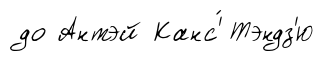
до Антэй Канс'́ Тэндз'ю